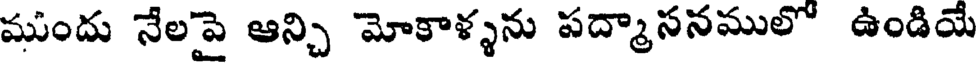
ముందు నేలపై ఆన్చి మోకాళ్ళను పద్మాసనములో ఉండియే